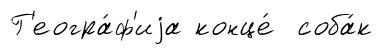
Г'еогра́ф'иjа конце́ соба́к